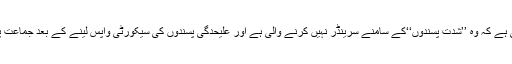
ان مبصرین کے مطابق جماعت کو بلی کا بکرا بنا کر بھاجپا قومی سطح پر یہ تاثر دینا چاہتی ہے کہ وہ ’’شدت پسندوں‘‘کے سامنے سرینڈر نہیں کرنے والی ہے اور علیحدگی پسندوں کی سیکورٹی واپس لینے کے بعد جماعت پر پابندی عائد کرکے کشمیر میں ایک طرح سے ’’شدت پسندوں‘‘کا جینا حرام کیاجاچکا ہے ۔